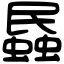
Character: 蟁